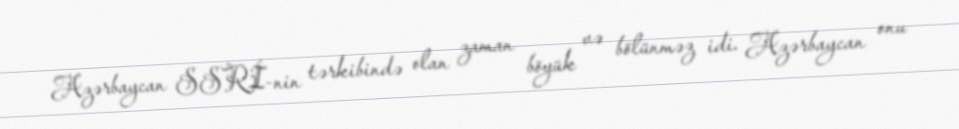
Azərbaycan SSRİ-nin tərkibində olan zaman böyük və bölünməz idi. Azərbaycan onu